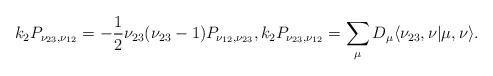
LaTeX: \begin{gather*} k_2 P_{\nu_{23}, \nu_{12}}=-\frac{1}{2} \nu_{23}(\nu_{23}-1) P_{\nu_{12}, \nu_{23}}, k_2 P_{\nu_{23}, \nu_{12}}= \sum_{\mu} D_{\mu} \langle \nu_{23}, \nu| \mu, \nu\rangle.\end{gather*}